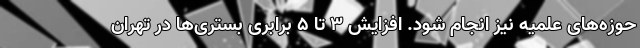
حوزه‌های علمیه نیز انجام شود. افزایش ۳ تا ۵ برابری بستری‌ها در تهران